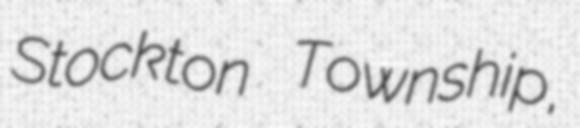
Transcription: Stockton Township,